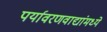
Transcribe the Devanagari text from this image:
पर्यावरणवाद्यांमध्ये